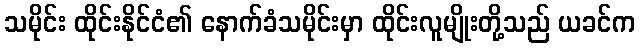
သမိုင်း ထိုင်းနိုင်ငံ၏ နောက်ခံသမိုင်းမှာ ထိုင်းလူမျိုးတို့သည် ယခင်က